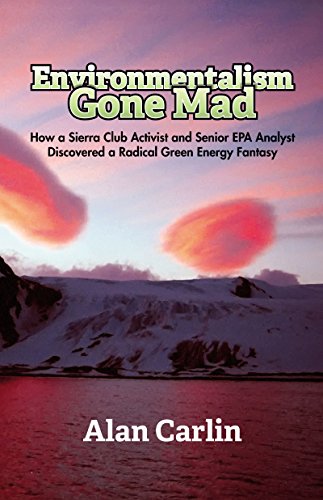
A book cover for Environmentalism Gone Mad; Alan Carlin; Science & Math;